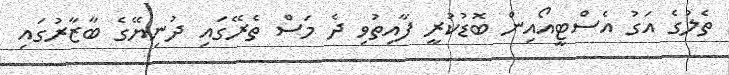
ތެލުގެ އަގު އެސްޓީއޯއިން ބޮޑުކުރީ ފާއިތުވި ދެ މަސް ތެރޭގައި ދުނިޔޭގެ ބާޒާރުގައި